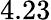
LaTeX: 4.23